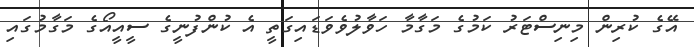
އޭގެ ކުރިން މިނިސްޓަރު ކަމުގެ މަގާމާ ހަވާލުވެވަޑައިގަތީ އެ ކުންފުނީގެ ސީއީއޯގެ މަގާމުގައި